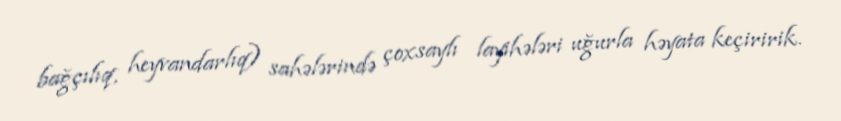
bağçılıq, heyvandarlıq) sahələrində çoxsaylı layihələri uğurla həyata keçiririk.